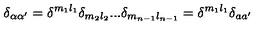
\delta _ { \alpha \alpha ^ { \prime } } = \delta ^ { m _ { 1 } l _ { 1 } } \delta _ { m _ { 2 } l _ { 2 } } . . . \delta _ { m _ { n - 1 } l _ { n - 1 } } = \delta ^ { m _ { 1 } l _ { 1 } } \delta _ { a a ^ { \prime } }